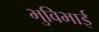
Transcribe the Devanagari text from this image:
भुविभाई